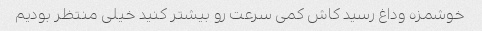
خوشمزه وداغ رسید کاش کمی سرعت رو بیشتر کنید خیلی منتظر بودیم